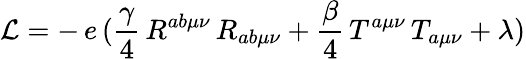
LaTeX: {\cal{L}}=-\, e\, (\frac{\gamma}{4}\, R^{ab\mu\nu}\, R_{ab\mu\nu}+\frac{\beta}{4}\, T^{a\mu\nu}\, T_{a\mu\nu}+\lambda)